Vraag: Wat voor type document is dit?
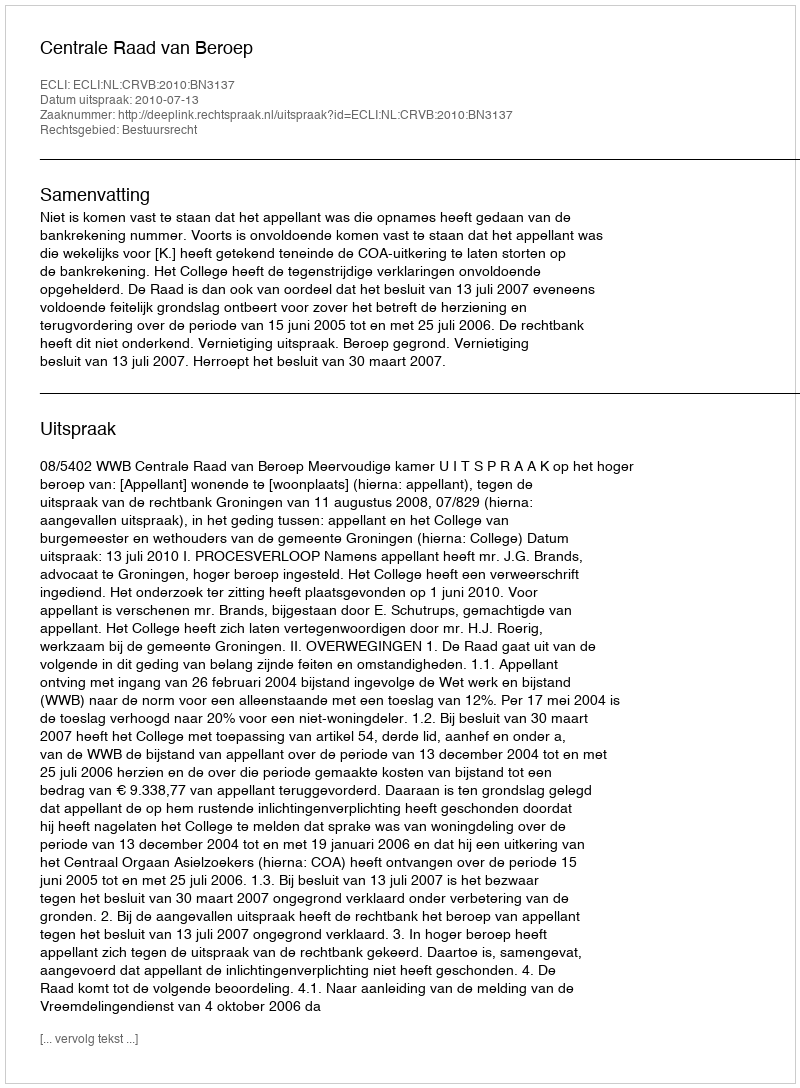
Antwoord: Uitspraak